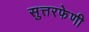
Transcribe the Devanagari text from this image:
सुत्तरफेणी